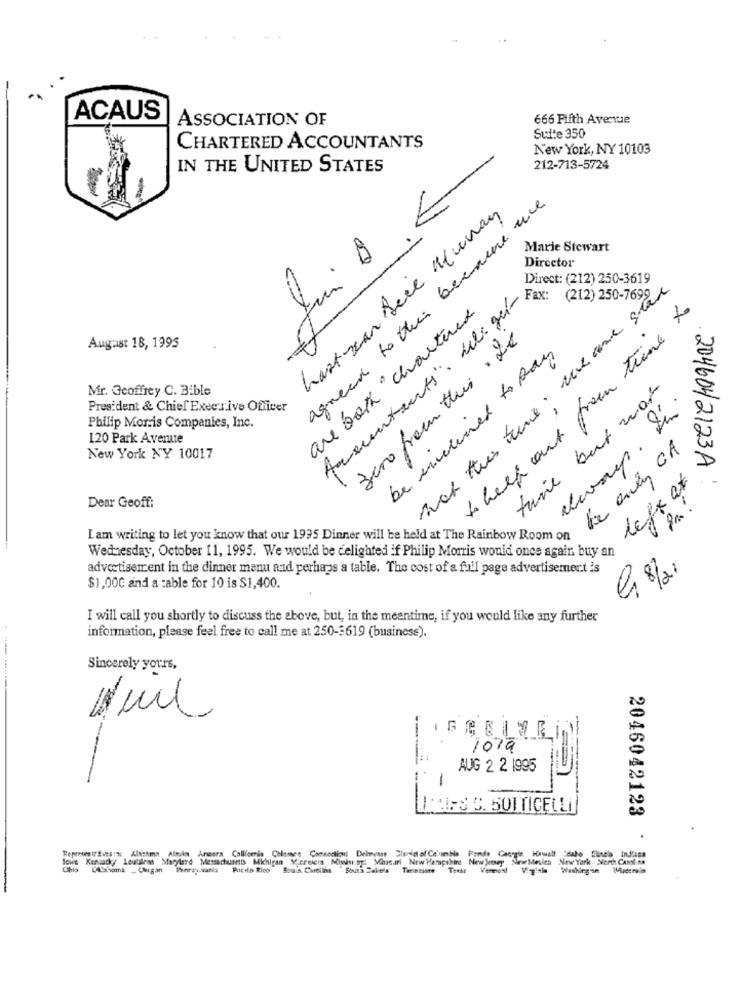
ACAUS
ASSOCIATION OF
666 Fifth Avenue
Suite 350
CHARTERED ACCOUNTANTS
New York, NY 10103
IN THE UNITED STATES
212-713-5724
agreed to the because une
hast scan Dece Human
Jui D.
Marie Stewart
Director
Direct: (212) 250-3619
Amountants. Lli get
we are sta
(212) 250-7699
are both chartered
to help out from time to
zero from this . Le
August 18, 1995
be inclined to Day
Mr. Geoffrey C. Bible
time but war
President & Chief Executive Officer
not this time ;
Philip Morris Companies, Inc.
120 Park Avenue
always.
te outin CA
New York NY 10017
2046042123A
lefx at
Dear Geoff:
Lam writing to let you know that our 1995 Dinner will be held at The Rainbow Room on
Wednesday, October 11, 1995. We would be delighted if Philip Morris would once again buy an
advertisement in the dinner menu and perhaps a table. The cost of a full page advertisement is
$1,000 and a table for 10 is $1,400.
I will call you shortly to discuss the above, but, in the meantime, if you would like any further
information, please feel free to call me at 250-5619 (business).
Sincerely yours,
1079
-
AUG 2 2 1995
IHES C. SOITICELLI
2046042123 .
Sowe Keruacky Leutidess Marylerd Messachuans Michigan Y erexer Missipyt Munari New Hampshire New Jersey New Meules Nine'York North Car ...
Represen it Sves :: Alsichma Almikn Armara Calllomis Calcance Connection) Delaware Dladid of Columbia Fonds Cacogir Hawalt daho flanela Indiana
Sou is. Caroline
Souna Celela
Tennessee Theti Vermont
Washingun Widersia